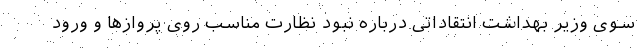
سوی وزیر بهداشت انتقاداتی درباره نبود نظارت مناسب روی پروازها و ورود